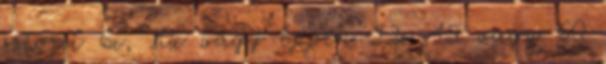
sztorit 6x, 10x vagy éppen 22x 45 vagy 60